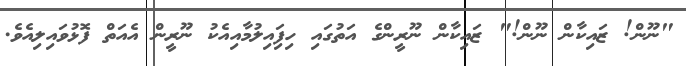
"ނޫން! ޒައިކާން ނޫން!" ޒައިކާން ނޫރީންގެ އަތުގައި ހިފަިއިލުމާއިއެކު ނޫރީން އެއަތް ފޮޅުވައިލިއެވެ.